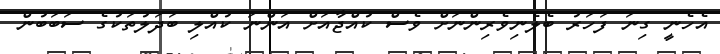
އެހެނީ ގިނަ ފަހަރު ބެލެނިވެރިންނަށް ވެސް ކުއްޖާއަށް އަންނަ ކުއްލި ބަދަލުތަކުގެ ސަބަބުން